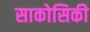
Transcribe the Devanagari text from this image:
साकोसिकी